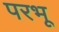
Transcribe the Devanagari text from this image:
परभू